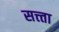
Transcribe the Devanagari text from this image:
सत्त्ता